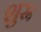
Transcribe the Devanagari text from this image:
शुरू